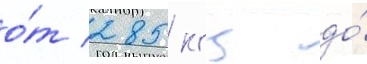
о́т 285 кгц до́